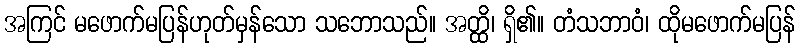
အကြင် မဖောက်မပြန်ဟုတ်မှန်သော သဘောသည်။ အတ္ထိ၊ ရှိ၏။ တံသဘာဝံ၊ ထိုမဖောက်မပြန်